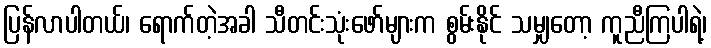
ပြန်လာပါတယ်၊ ရောက်တဲ့အခါ သီတင်းသုံးဖော်များက စွမ်းနိုင် သမျှတော့ ကူညီကြပါရဲ့၊